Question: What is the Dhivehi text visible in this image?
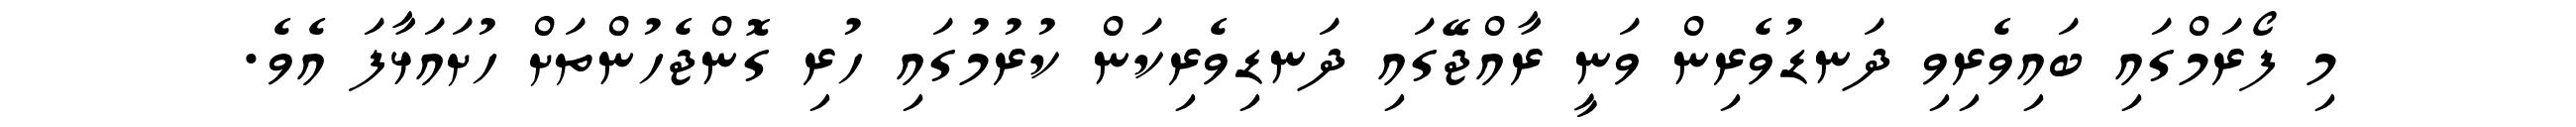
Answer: މި ފޯރަމްގައި ބައިވެރިވި ދަނޑުވެރިން ވަނީ ރާއްޖޭގައި ދަނޑިވެރިކަން ކުރުމުގައި ހުރި ގޮންޖެހުންތަށް ހުށައަޅާފަ އެވެ.